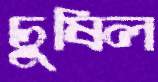
চুষিল